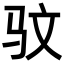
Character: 𫘜